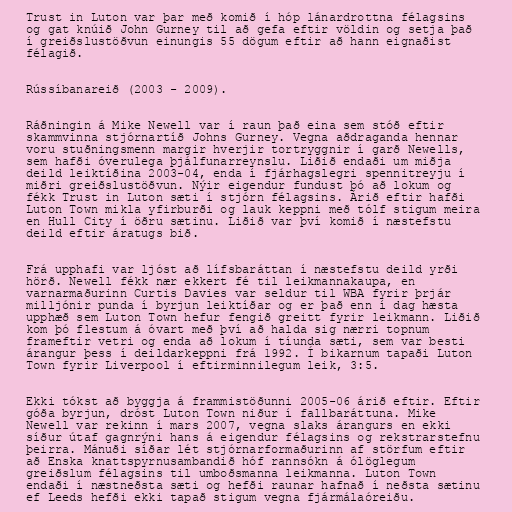
Trust in Luton var þar með komið í hóp lánardrottna félagsins
og gat knúið John Gurney til að gefa eftir völdin og setja það
í greiðslustöðvun einungis 55 dögum eftir að hann eignaðist
félagið.

Rússíbanareið (2003 - 2009).

Ráðningin á Mike Newell var í raun það eina sem stóð eftir
skammvinna stjórnartíð Johns Gurney. Vegna aðdraganda hennar
voru stuðningsmenn margir hverjir tortryggnir í garð Newells,
sem hafði óverulega þjálfunarreynslu. Liðið endaði um miðja
deild leiktíðina 2003-04, enda í fjárhagslegri spennitreyju í
miðri greiðslustöðvun. Nýir eigendur fundust þó að lokum og
fékk Trust in Luton sæti í stjórn félagsins. Árið eftir hafði
Luton Town mikla yfirburði og lauk keppni með tólf stigum meira
en Hull City í öðru sætinu. Liðið var því komið í næstefstu
deild eftir áratugs bið.

Frá upphafi var ljóst að lífsbaráttan í næstefstu deild yrði
hörð. Newell fékk nær ekkert fé til leikmannakaupa, en
varnarmaðurinn Curtis Davies var seldur til WBA fyrir þrjár
milljónir punda í byrjun leiktíðar og er það enn í dag hæsta
upphæð sem Luton Town hefur fengið greitt fyrir leikmann. Liðið
kom þó flestum á óvart með því að halda sig nærri topnum
frameftir vetri og enda að lokum í tíunda sæti, sem var besti
árangur þess í deildarkeppni frá 1992. Í bikarnum tapaði Luton
Town fyrir Liverpool í eftirminnilegum leik, 3:5.

Ekki tókst að byggja á frammistöðunni 2005-06 árið eftir. Eftir
góða byrjun, dróst Luton Town niður í fallbaráttuna. Mike
Newell var rekinn í mars 2007, vegna slaks árangurs en ekki
síður útaf gagnrýni hans á eigendur félagsins og rekstrarstefnu
þeirra. Mánuði síðar lét stjórnarformaðurinn af störfum eftir
að Enska knattspyrnusambandið hóf rannsókn á ólöglegum
greiðslum félagsins til umboðsmanna leikmanna. Luton Town
endaði í næstneðsta sæti og hefði raunar hafnað í neðsta sætinu
ef Leeds hefði ekki tapað stigum vegna fjármálaóreiðu.